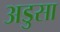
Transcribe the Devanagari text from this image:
अडुसा